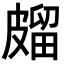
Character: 𭽱